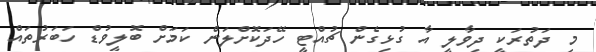
މި ދަތުރަކީ ދިވާލީ އާ ގުޅިގެން ޗުއްޓީ ހޭދަކޮށްލަން ކަމަށް ބޮލީވުޑް ހަބަރުތައް